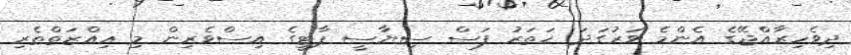
ދިވެހިރާއްޖޭގެ އެންމެ ވަރުގަދަ ހަތަރު ފަސް ސިޔާސީ ޕާޓީގެ އިސްވެރިން މި ޢިއްޒަތްތެރި